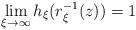
LaTeX: \begin{align*}\lim_{\xi \to \infty} h_{\xi}(r_{\xi}^{-1}(z)) = 1\end{align*}